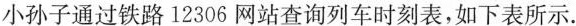
小孙子通过铁路12306网站查询列车时刻表，如下表所示。